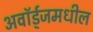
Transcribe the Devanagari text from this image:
अवॉर्ड्‌जमधील